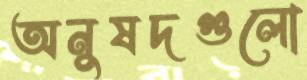
অনুষদগুলো